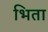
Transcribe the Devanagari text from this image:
भिता